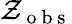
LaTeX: \mathcal{Z}_{\mathrm{{~o~b~s~}}}